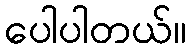
ပေါပါတယ်။